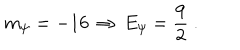
m _ { \psi } = - 1 6 \, \Rightarrow \, E _ { \psi } = \frac 9 2 ~ .